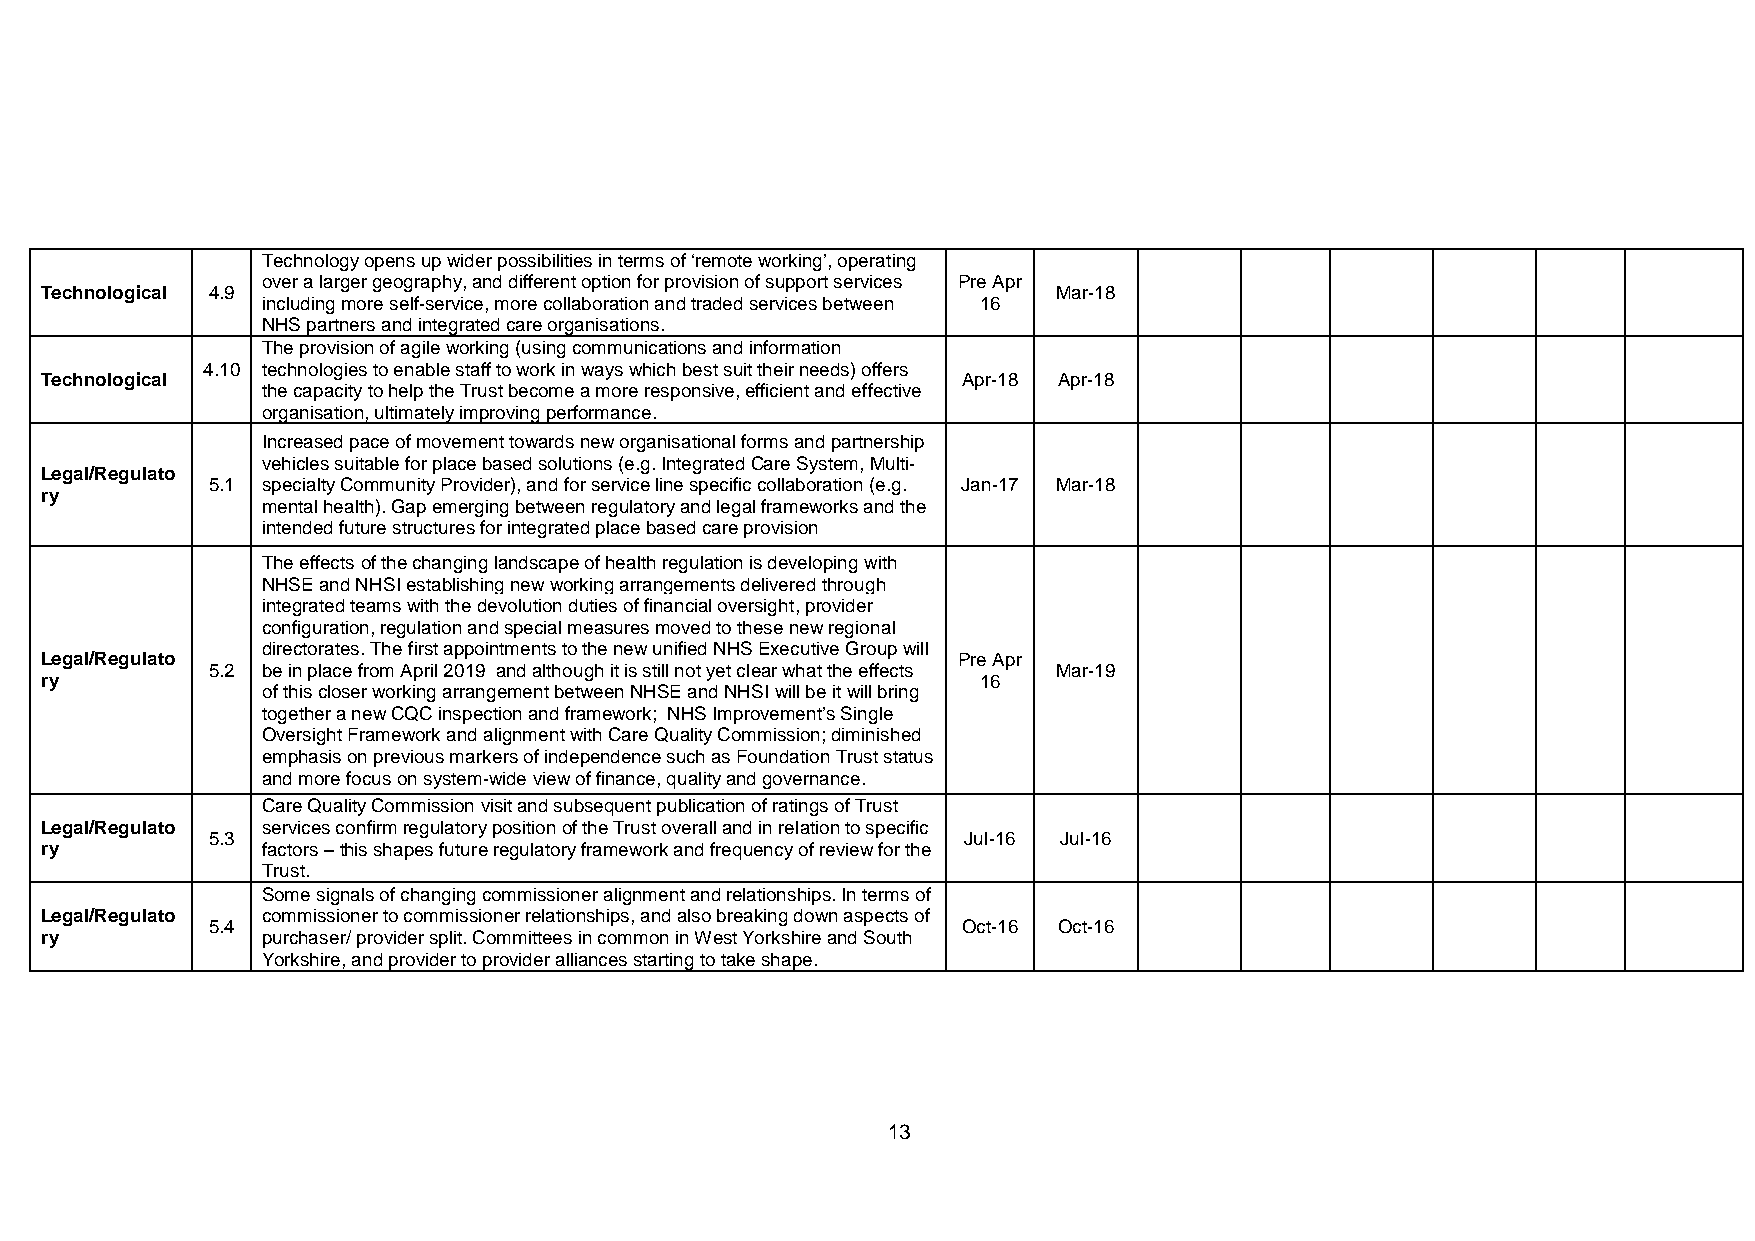
Technology opens up wider possibilities in terms of ‘remote working’, operating
 over a larger geography, and different option for provision of support services Pre Apr
 Technological 4.9                                                  Mar-18
 including more self-service, more collaboration and traded services between 16
 NHS partners and integrated care organisations.
 The provision of agile working (using communications and information
 4.10 technologies to enable staff to work in ways which best suit their needs) offers
 Technological                                                Apr-18 Apr-18
 .  the capacity to help the Trust become a more responsive, efficient and effective
 organisation, ultimately improving performance.
 Increased pace of movement towards new organisational forms and partnership
 vehicles suitable for place based solutions (e.g. Integrated Care System, Multi-
 Legal/Regulato
 5.1 specialty Community Provider), and for service line specific collaboration (e.g. Jan-17 Mar-18
 ry
 mental health). Gap emerging between regulatory and legal frameworks and the
 intended future structures for integrated place based care provision
 The effects of the changing landscape of health regulation is developing with
 NHSE and NHSI establishing new working arrangements delivered through
 integrated teams with the devolution duties of financial oversight, provider
 configuration, regulation and special measures moved to these new regional
 directorates. The first appointments to the new unified NHS Executive Group will
 Legal/Regulato
 5.2 be in place from April 2019 and although it is still not yet clear what the effects
 Pre Apr
 Mar-19
 ry                                                            16
 of this closer working arrangement between NHSE and NHSI will be it will bring
 together a new CQC inspection and framework; NHS Improvement’s Single
 Oversight Framework and alignment with Care Quality Commission; diminished
 emphasis on previous markers of independence such as Foundation Trust status
 and more focus on system-wide view of finance, quality and governance.
 Care Quality Commission visit and subsequent publication of ratings of Trust
 Legal/Regulato services confirm regulatory position of the Trust overall and in relation to specific
 5.3                                               Jul-16 Jul-16
 ry            factors – this shapes future regulatory framework and frequency of review for the
 Trust.
 Some signals of changing commissioner alignment and relationships. In terms of
 Legal/Regulato commissioner to commissioner relationships, and also breaking down aspects of
 5.4                                               Oct-16 Oct-16
 ry            purchaser/ provider split. Committees in common in West Yorkshire and South
 Yorkshire, and provider to provider alliances starting to take shape.
 13